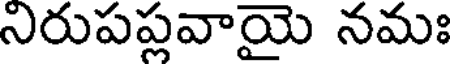
నిరుపప్లవాయై నమః